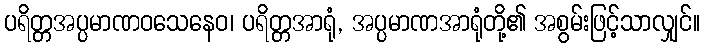
ပရိတ္တအပ္ပမာဏဝသေနေဝ၊ ပရိတ္တအာရုံ, အပ္ပမာဏအာရုံတို့၏ အစွမ်းဖြင့်သာလျှင်။